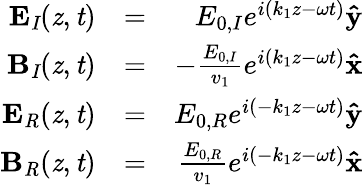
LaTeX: \begin{array}{rlr}{\mathbf{E}_{\mathit{I}}(\mathit{z},\mathit{t})}&{=}&{E_{0,I}e^{i(k_{1}z-\omega t)}\mathbf{\hat{y}}}\\ {\mathbf{B}_{\mathit{I}}(\mathit{z},\mathit{t})}&{=}&{-\frac{E_{0,I}}{v_{1}}e^{i(k_{1}z-\omega t)}\mathbf{\hat{x}}}\\ {\mathbf{E}_{\mathit{R}}(\mathit{z},\mathit{t})}&{=}&{E_{0,R}e^{i(-k_{1}z-\omega t)}\mathbf{\hat{y}}}\\ {\mathbf{B}_{\mathit{R}}(\mathit{z},\mathit{t})}&{=}&{\frac{E_{0,R}}{v_{1}}e^{i(-k_{1}z-\omega t)}\mathbf{\hat{x}}}\end{array}